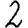
Digit: 2